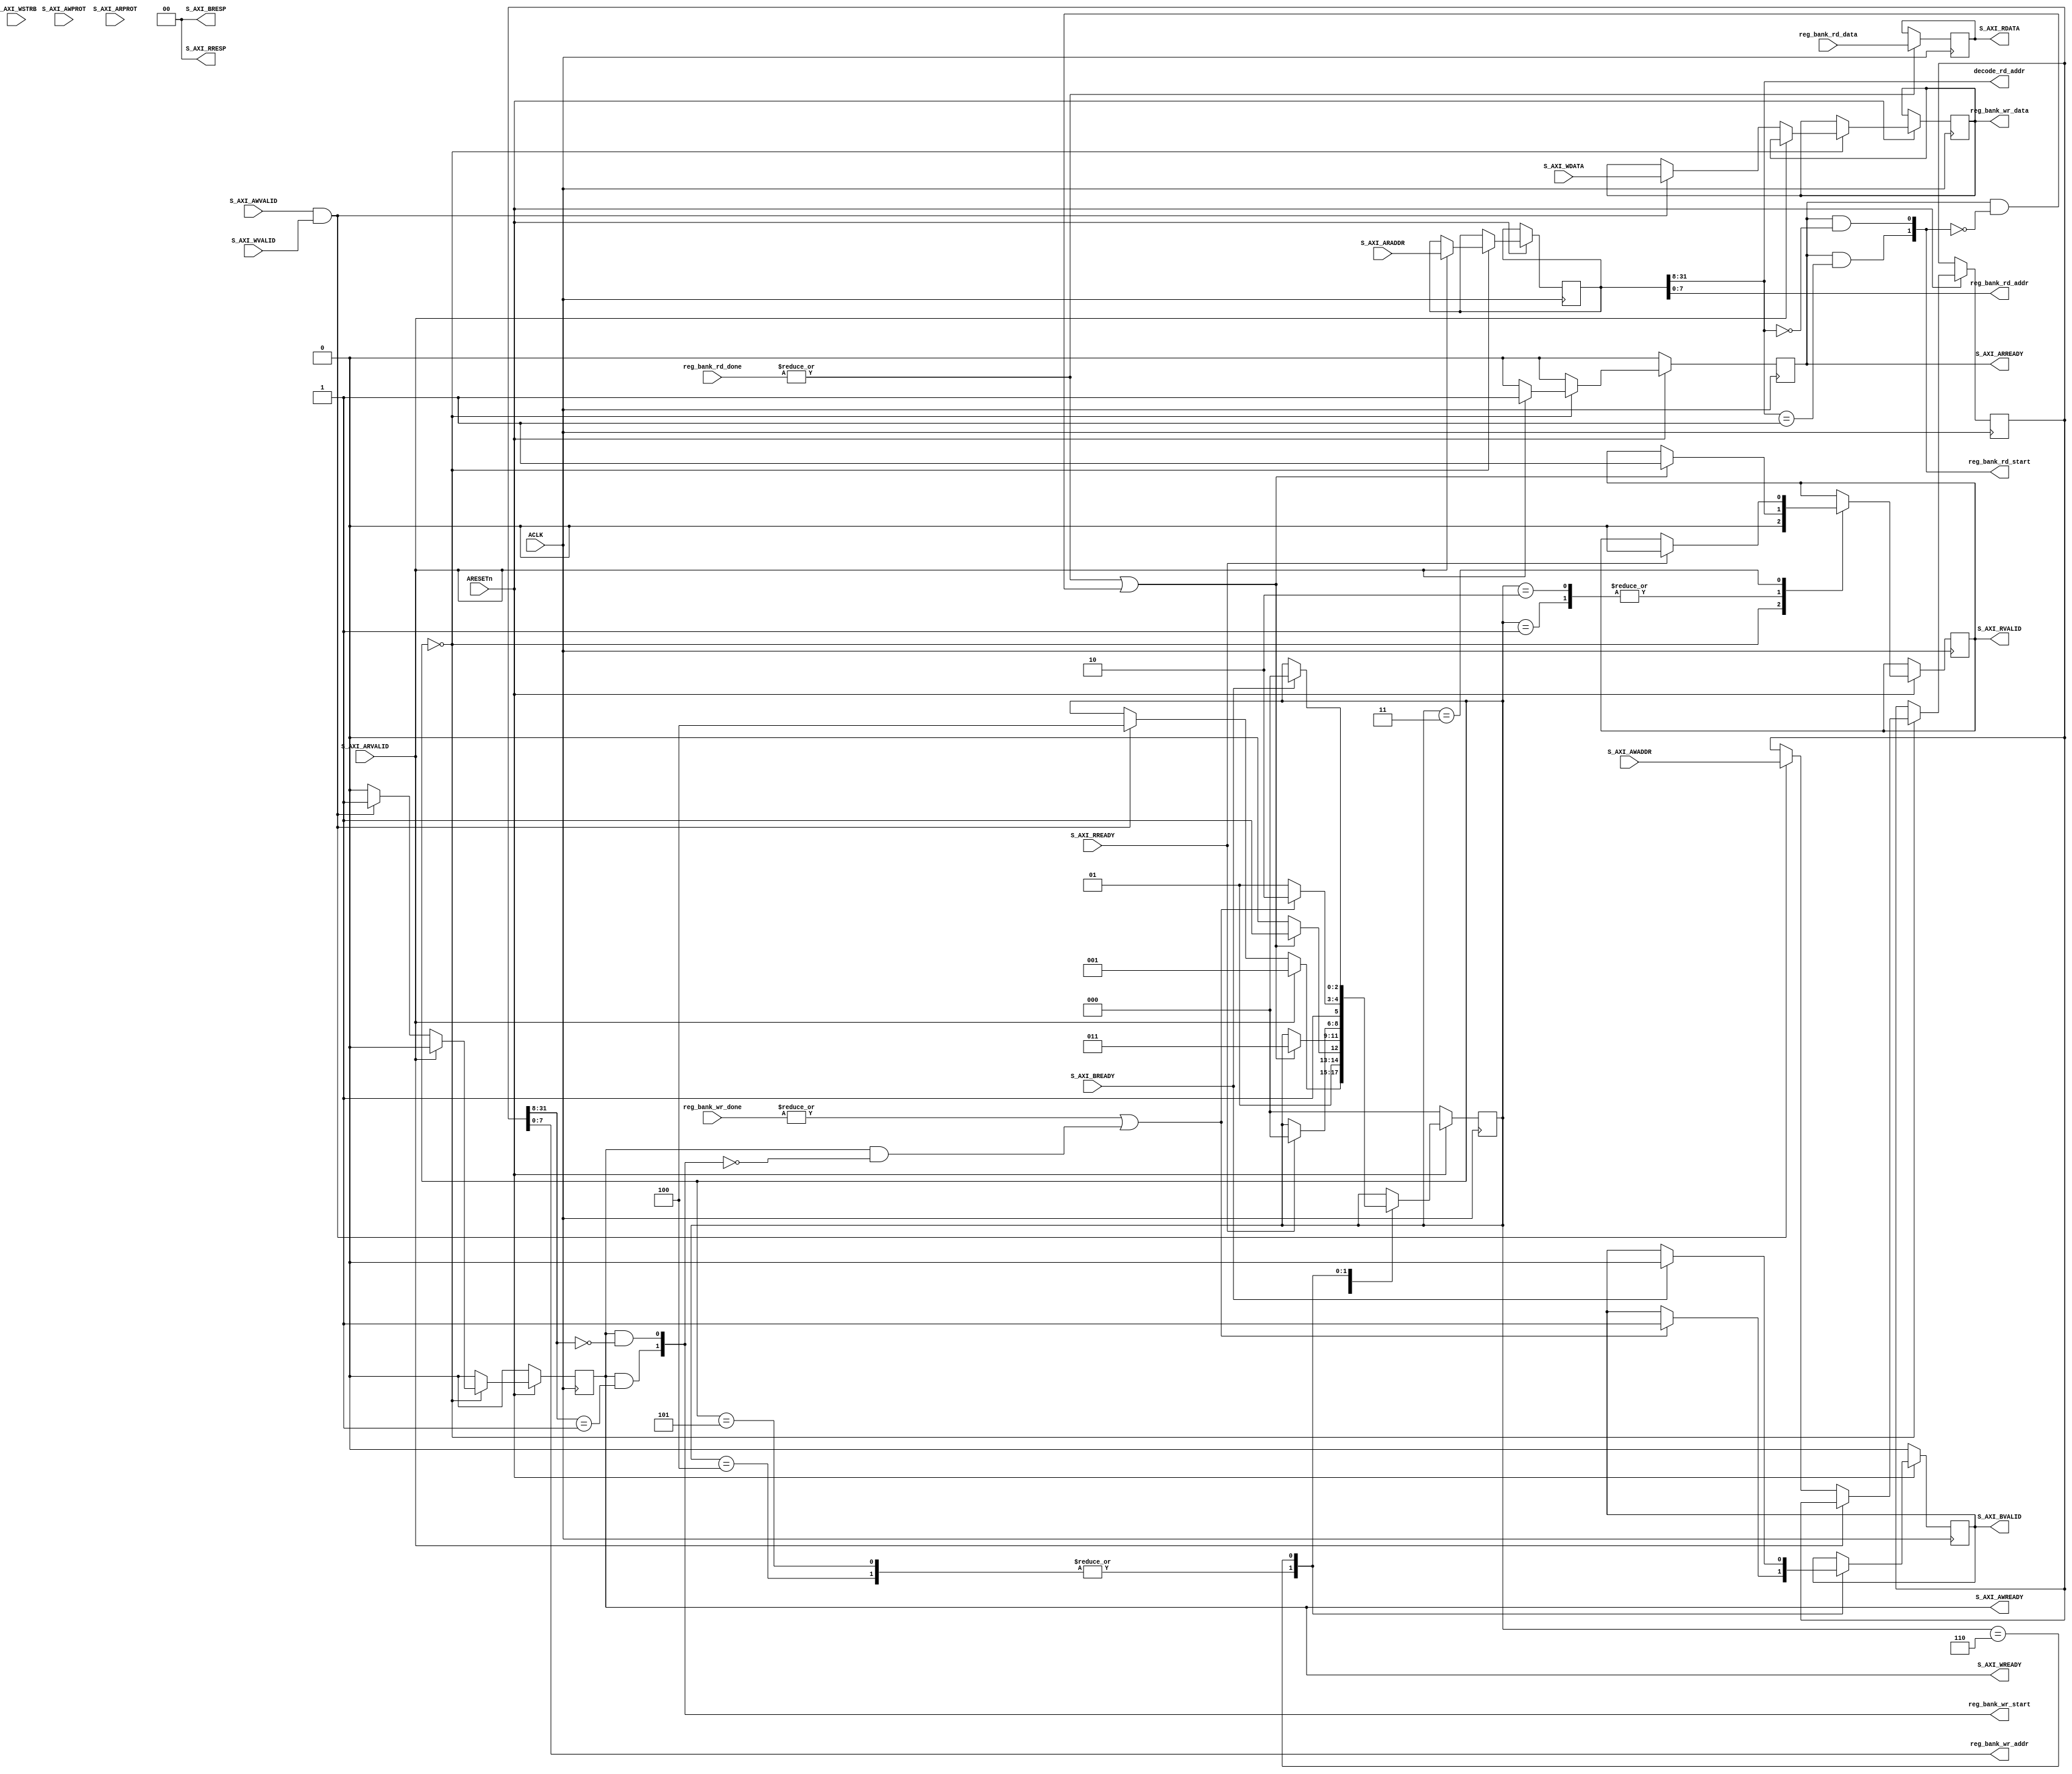
module pc_ctrl_axi4_reg_if #(
  parameter DATA_W_IN_BYTES       = 4,
  parameter ADDR_W_IN_BITS        = 32,
  parameter DCADDR_LOW_BIT_W      = 8,
  parameter DCADDR_STROBE_MEM_SEG = 2
) (
   input  wire [(ADDR_W_IN_BITS)-1 : 0]              S_AXI_AWADDR,      // Write channel Protection type. This signal indicates the privilege and security level of the transaction, and whether the transaction is a data access or an instruction access.
   input  wire [2 : 0]                               S_AXI_AWPROT,      // Write address valid. This signal indicates that the master signaling valid write address and control information.
   input  wire                                       S_AXI_AWVALID,     // Write address ready. This signal indicates that the slave is ready    // to accept an address and associated control signals.
   output reg                                        S_AXI_AWREADY=0,   // Write data (issued by master, acceped by Slave)
   input  wire [(DATA_W_IN_BYTES*8) - 1:0]           S_AXI_WDATA,       // Write strobes. This signal indicates which byte lanes hold    // valid data. There is one write strobe bit for each eight    // bits of the write data bus.
   input  wire [DATA_W_IN_BYTES-1 : 0]               S_AXI_WSTRB,       // Write valid. This signal indicates that valid write    // data and strobes are available.
   input  wire                                       S_AXI_WVALID,      // Write ready. This signal indicates that the slave    // can accept the write data.
   output reg                                        S_AXI_WREADY=0,    // Write response. This signal indicates the status    // of the write transaction.
   output reg  [1 : 0]                               S_AXI_BRESP=0,     // Write response valid. This signal indicates that the channel    // is signaling a valid write response.
   output reg                                        S_AXI_BVALID=0,    // Response ready. This signal indicates that the master    // can accept a write response.
   input  wire                                       S_AXI_BREADY,      // Read address (issued by master, acceped by Slave)
   input  wire [(ADDR_W_IN_BITS)-1 : 0]              S_AXI_ARADDR,      // Protection type. This signal indicates the privilege    // and security level of the transaction, and whether the    // transaction is a data access or an instruction access.
   input  wire [2 : 0]                               S_AXI_ARPROT,      // Read address valid. This signal indicates that the channel    // is signaling valid read address and control information.
   input  wire                                       S_AXI_ARVALID,     // Read address ready. This signal indicates that the slave is    // ready to accept an address and associated control signals.
   output reg                                        S_AXI_ARREADY=0,   // Read data (issued by slave)
   output reg  [(DATA_W_IN_BYTES*8) - 1:0]           S_AXI_RDATA=0,     // Read response. This signal indicates the status of the    // read transfer.
   output wire [1 : 0]                               S_AXI_RRESP,       // Read valid. This signal indicates that the channel is signaling the required read data.
   output reg                                        S_AXI_RVALID=0,    // Read ready. This signal indicates that the master can accept the read data and response information.
   input  wire                                       S_AXI_RREADY,      //
   output wire [DCADDR_STROBE_MEM_SEG - 1:0]         reg_bank_rd_start, // read start strobe
   input  wire [DCADDR_STROBE_MEM_SEG - 1:0]         reg_bank_rd_done,  // read done  strobe
   output wire [DCADDR_LOW_BIT_W - 1:0]              reg_bank_rd_addr,  // read address bus
   input  wire [(DATA_W_IN_BYTES*8) - 1:0]           reg_bank_rd_data,  // read data bus
   output wire [(ADDR_W_IN_BITS)-1:DCADDR_LOW_BIT_W] decode_rd_addr,    // used external to the block to select the correct returning data
   output wire [DCADDR_STROBE_MEM_SEG - 1:0]         reg_bank_wr_start, // write start strobe
   input  wire [DCADDR_STROBE_MEM_SEG - 1:0]         reg_bank_wr_done,  // write done  strobe
   output wire [DCADDR_LOW_BIT_W - 1:0]              reg_bank_wr_addr,  // write address bus
   output reg  [(DATA_W_IN_BYTES*8) - 1:0]           reg_bank_wr_data=0,// write data bus
   input  wire                                       ACLK             , // Clock source
   input  wire                                       ARESETn            // Reset source
);
// LocalParams
localparam access_state_idle             = 0; // Idle
localparam access_state_rd_start         = 1; // read started
localparam access_state_rd_wait_complete = 2; // Wait on internal bank completion
localparam access_state_rd_wait_ready    = 3; // Wait on AXI interface completion
localparam access_state_wr_start         = 4; // write started
localparam access_state_wr_wait_complete = 5; // Wait on internal bank completion
localparam access_state_wr_wait_ready    = 6; // Wait on AXI interface completion
// Internal signals
reg  [2:0]                                 access_state=0; // State register for access sequencin
reg                                        start_read  =0; // Strobe indicating a read has started
reg                                        start_write =0; // Strobe indicating a write has started
wire [DCADDR_STROBE_MEM_SEG - 1:0]         read_decode;    // Read strobe bus, one bit for each register bank
wire [DCADDR_STROBE_MEM_SEG - 1:0]         write_decode;   // Write strobe bus, one bit for each register bank
reg  [(ADDR_W_IN_BITS)-1 : 0]              rd_addr=0;      // Keep a full copy of the address as we need the
reg  [(ADDR_W_IN_BITS)-1 : 0]              wr_addr=0;      // to pass to the banks and decode the strobes
// wires to slice the top of the address used to decode the relevant bank
wire [(ADDR_W_IN_BITS)-1:DCADDR_LOW_BIT_W] decode_wr_addr;
// For simplicity everything is marked as OKAY.
assign S_AXI_RRESP = 'd0; // OKAY
// Address Decoding
// Wire bus registered in state process. One for each channel for debug ease
// Could optomise into one.
// Slice the address bus for the block outputs xx_addr are registers
assign reg_bank_rd_addr = rd_addr[DCADDR_LOW_BIT_W -1 : 0];
assign reg_bank_wr_addr = wr_addr[DCADDR_LOW_BIT_W -1 : 0];
assign decode_rd_addr = rd_addr[(ADDR_W_IN_BITS)-1:DCADDR_LOW_BIT_W];
assign decode_wr_addr = wr_addr[(ADDR_W_IN_BITS)-1:DCADDR_LOW_BIT_W];
// This generate loop allows us to generate a variable number of decode strobes
// for the attached banks.
genvar i;
generate
   for (i = 0; i < DCADDR_STROBE_MEM_SEG ; i = i + 1) begin
      // Read decoding logic
      assign read_decode[i] = decode_rd_addr == i;
      // write decoding logic
      assign write_decode[i] = decode_wr_addr == i;
      // Generate the strobes that leave this block to the blank. start_read is registered.
      assign reg_bank_rd_start[i] = start_read & read_decode[i];
      // Generate the strobes that leave this block to the blank. start_read is registered.
      assign reg_bank_wr_start[i] = start_write & write_decode[i];
   end
endgenerate
assign out_of_range_read = start_read & (reg_bank_rd_start=='d0);
assign out_of_range_write = start_write & (reg_bank_wr_start=='d0);
// Data muxing of the returned data must be done external to this block.
// Required signals are provided as outputs. The data from the external block
// must be valid when the corresponding ....xx_rd_done is set.
always @(posedge ACLK) begin
   if (|reg_bank_rd_done) begin
      S_AXI_RDATA <= reg_bank_rd_data;
   end else begin
      S_AXI_RDATA <= S_AXI_RDATA;
   end
end
// SM that controls R/W access. We only allow one action at a time
always @(posedge ACLK) begin
  if(!ARESETn)begin
    access_state       <= access_state_idle;
      start_read         <= 1'd0;
      start_write        <= 1'd0;
    S_AXI_AWREADY      <= 1'd0;
        S_AXI_WREADY       <= 1'd0;
        S_AXI_BVALID       <= 1'd0;
        S_AXI_ARREADY      <= 1'd0;
  end else begin
    access_state       <= access_state;
    // Write
    S_AXI_AWREADY      <= 1'd0; // Should only be high for a cycle
    S_AXI_WREADY       <= 1'd0; // Should only be high for a cycle
    S_AXI_BVALID       <= S_AXI_BVALID; // This signal may need to be held
    start_write        <= 1'd0; // Single pulse signal
    // Read
    S_AXI_ARREADY      <= 1'd0; // Should only be high for a cycle
    start_read         <= 1'd0; // Signal pulse signal
    case(access_state)
    // In idle we can accept reads or writes, but not both at the same time
    // for this controller. We will proritise reads over writes.
    access_state_idle : begin
      S_AXI_RVALID <= 1'd0; // Low until data is Valid
      if(S_AXI_ARVALID) begin
          S_AXI_ARREADY    <= 1'd1;                      // Assert AXI strobe
        access_state     <= access_state_rd_start;     // Read state sequence
        rd_addr          <= S_AXI_ARADDR;              // Lock address for internal use
        start_read       <= 1'd1;                      // Atart the read internally
      end else begin
        if(S_AXI_AWVALID & S_AXI_WVALID) begin
          // we can wait for both signals to be asserted before starting a write. Simplifies logic.
          // the slave can wait for AWVALID or WVALID, or both before asserting AWREADY
          // the slave can wait for AWVALID or WVALID, or both, before asserting WREADY
          access_state     <= access_state_wr_start; // Write state sequence
          wr_addr          <= S_AXI_AWADDR;          // Lock the address & data for internal use
          reg_bank_wr_data <= S_AXI_WDATA;
          S_AXI_AWREADY    <= 1'd1;                  // Assert ready strobes
          S_AXI_WREADY     <= 1'd1;
          start_write      <= 1'd1;                  // Start the write internally
        end
      end
    end
        // READ
    access_state_rd_start : begin
      S_AXI_ARREADY <= 1'd0; // was asserted on leaving idle, clear Address is locked
      if (|reg_bank_rd_done | out_of_range_read) begin
        // Internal bank access is complete
        S_AXI_RVALID <= 1'd1;
        access_state <= access_state_rd_wait_ready;
      end else begin
         access_state <= access_state_rd_wait_complete;
      end
    end
    access_state_rd_wait_complete : begin
            if (|reg_bank_rd_done | out_of_range_read) begin
                S_AXI_RVALID <= 1'd1;
                   access_state <= access_state_rd_wait_ready;
            end
        end
    access_state_rd_wait_ready : begin
           if (S_AXI_RREADY) begin
              S_AXI_RVALID <= 1'd0;
              access_state <= access_state_idle;
           end
        end
        // WRITE
    access_state_wr_start : begin
      S_AXI_AWREADY <= 1'd0;
      S_AXI_WREADY  <= 1'd0;
      if (|reg_bank_wr_done | out_of_range_write) begin
          S_AXI_BVALID <= 1'd1;
        access_state <= access_state_wr_wait_ready;
      end else begin
        access_state <= access_state_wr_wait_complete;
      end
    end
        access_state_wr_wait_complete : begin
          if (|reg_bank_wr_done | out_of_range_write) begin
              S_AXI_BVALID <= 1'd1;
            access_state <= access_state_wr_wait_ready;
          end else begin
            access_state <= access_state_wr_wait_complete;
          end
        end
        access_state_wr_wait_ready : begin
          if (S_AXI_BREADY) begin
              S_AXI_BVALID <= 1'd0;
            access_state <= access_state_idle;
          end
        end
    default : access_state <= access_state;
    endcase
  end
end
// Dependencies
// A3.3.1 AXI4_specification
// http://www.gstitt.ece.ufl.edu/courses/fall15/eel4720_5721/labs/refs/AXI4_specification.pdf
// Dependencies between channel handshake signals
// To prevent a deadlock situation, the dependency rules that exist between the handshake signals must be observed.
// As summarized in Channel signaling requirements on page A3-38, in any transaction:
// the VALID signal of the AXI interface sending information must not be dependent on the READY signal of the AXI interface receiving that information
// an AXI interface that is receiving information can wait until it detects a VALID signal before it asserts its corresponding READY signal.
// Note
// While it is acceptable to wait for VALID to be asserted before asserting READY, it is also acceptable to assert READY before detecting the corresponding VALID. This can result in a more efficient design.
// In addition, there are dependencies between the handshake signals on different channels, and AXI4 defines an additional write response dependency. The following subsections define these dependencies:
// Read transaction dependencies on page A3-41
// Write transaction dependencies on page A3-41
// AXI4 write response dependency on page A3-42. In the dependency diagrams:
//single-headed arrows point to signals that can be asserted before or after the signal at the start of the arrow
//double-headed arrows point to signals that must be asserted only after assertion of the signal at the start of the arrow.
// READ transaction
// ARVALID -------------->> RVALID
//         \             >>        \
//          \           /           \
//           > ARREADY /             > RREADY
//Figure A3-5 shows the read transaction handshake signal dependencies, and shows that, in a read transaction:
// the master must not wait for the slave to assert ARREADY before asserting ARVALID
// the slave can wait for ARVALID to be asserted before it asserts ARREADY
// the slave can assert ARREADY before ARVALID is asserted
// the slave must wait for both ARVALID and ARREADY to be asserted before it asserts RVALID to indicate that valid data is available
// the slave must not wait for the master to assert RREADY before asserting RVALID
// the master can wait for RVALID to be asserted before it asserts RREADY
// the master can assert RREADY before RVALID is asserted.
// WRITE transaction
// AWVALID ---              WVALID ---------------->> BVALID \
//        \   \__________  /      \               />>         \
//         \             \/        \             /             \
//          \            /\         \_>         /               \
//           > AWREADY </  \__________> WREADY /                 \__> BREADY
// Figure A3-6 shows the write transaction handshake signal dependencies, and shows that in a write transaction:
// the master must not wait for the slave to assert AWREADY or WREADY before asserting AWVALID or
// WVALID
// the slave can wait for AWVALID or WVALID, or both before asserting AWREADY
// the slave can assert AWREADY before AWVALID or WVALID, or both, are asserted
// the slave can wait for AWVALID or WVALID, or both, before asserting WREADY
// the slave can assert WREADY before AWVALID or WVALID, or both, are asserted
// the slave must wait for both WVALID and WREADY to be asserted before asserting BVALID
// the slave must also wait for WLAST to be asserted before asserting BVALID, because the write response,
// BRESP, must be signaled only after the last data transfer of a write transaction
// the slave must not wait for the master to assert BREADY before asserting BVALID
// the master can wait for BVALID before asserting BREADY
// the master can assert BREADY before BVALID is asserted.
// ACLK Clock source ARESETn Reset source
// Description
// Global clock signal. See Clock on page A3-36.
// Global reset signal, active LOW. See Reset on page A3-36.
// Signal
// WID
// WDATA WSTRB
// WLAST WUSER
// WVALID WREADY
// Source Description
// Table A2-3 Write data channel signals
// Master Write ID tag. This signal is the ID tag of the write data transfer. Supported only in AXI3. See Transaction ID on page A5-77.
// Master Write data.
// Master Write strobes. This signal indicates which byte lanes hold valid data. There is one write
// strobe bit for each eight bits of the write data bus. See Write strobes on page A3-49. Master Write last. This signal indicates the last transfer in a write burst. See Write data channel
// on page A3-39.
// Master User signal. Optional User-defined signal in the write data channel.
// Supported only in AXI4. See User-defined signaling on page A8-100.
// Master Write valid. This signal indicates that valid write data and strobes are available. See
// Channel handshake signals on page A3-38.
// Slave Write ready. This signal indicates that the slave can accept the write data. See Channel
// handshake signals on page A3-38.
// Signal Source
// RID Slave RDATA Slave
// RRESP Slave RLAST Slave RUSER Slave
// RVALID Slave RREADY Master
// Description
// Table A2-6 Read data channel signals
// Read ID tag. This signal is the identification tag for the read data group of signals generated by the slave. See Transaction ID on page A5-77.
// Read data.
// Read response. This signal indicates the status of the read transfer. See Read and write
// response structure on page A3-54.
// Read last. This signal indicates the last transfer in a read burst. See Read data channel on
// page A3-39.
// User signal. Optional User-defined signal in the read data channel.
// Supported only in AXI4. See User-defined signaling on page A8-100.
// Read valid. This signal indicates that the channel is signaling the required read data. See
// Channel handshake signals on page A3-38.
// Read ready. This signal indicates that the master can accept the read data and response
// information. See Channel handshake signals on page A3-38.
endmodule